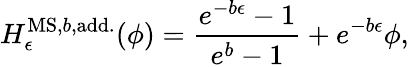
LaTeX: H_{\epsilon}^{\mathrm{MS,}b\mathrm{,add.}}(\phi)=\frac{e^{-b\epsilon}-1}{e^{b}-1}+e^{-b\epsilon}\phi,